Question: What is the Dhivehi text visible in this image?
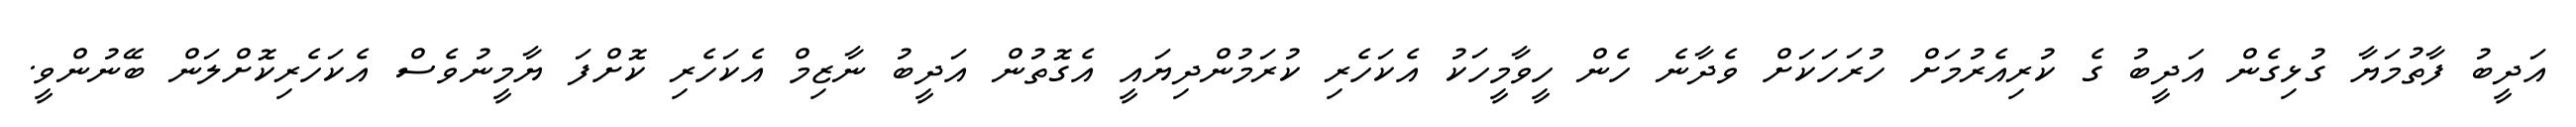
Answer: އަދީބު ފާތުމަޔާ ގުޅިގެން އަދީބު ގެ ކުރިއެރުމަށް ހުރަހަކަށް ވެދާނެ ހެން ހީވާމީހަކު އެކަހެރި ކުރަމުންދިޔައީ އެގޮތުން އަދީބު ނާޒިމް އެކަހެރި ކޮށްފަ ޔާމީނުވެސް އެކަހެރިކޮށްލަން ބޭނުންވީ.